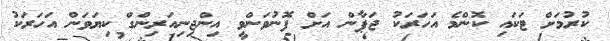
ކުރުމަށް ޓަކައި ކޮންމެ އަހަރަކު ޖަޕާން އަށް ފޮނުވަންވީ އިންޖިިނިއަރިންގް ކިޔަވަން އަހަރަކު